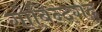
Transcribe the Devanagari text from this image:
गोबिन्दगढ़